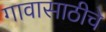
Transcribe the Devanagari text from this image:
गावासाठीचे